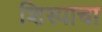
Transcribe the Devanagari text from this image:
शिस्याचा